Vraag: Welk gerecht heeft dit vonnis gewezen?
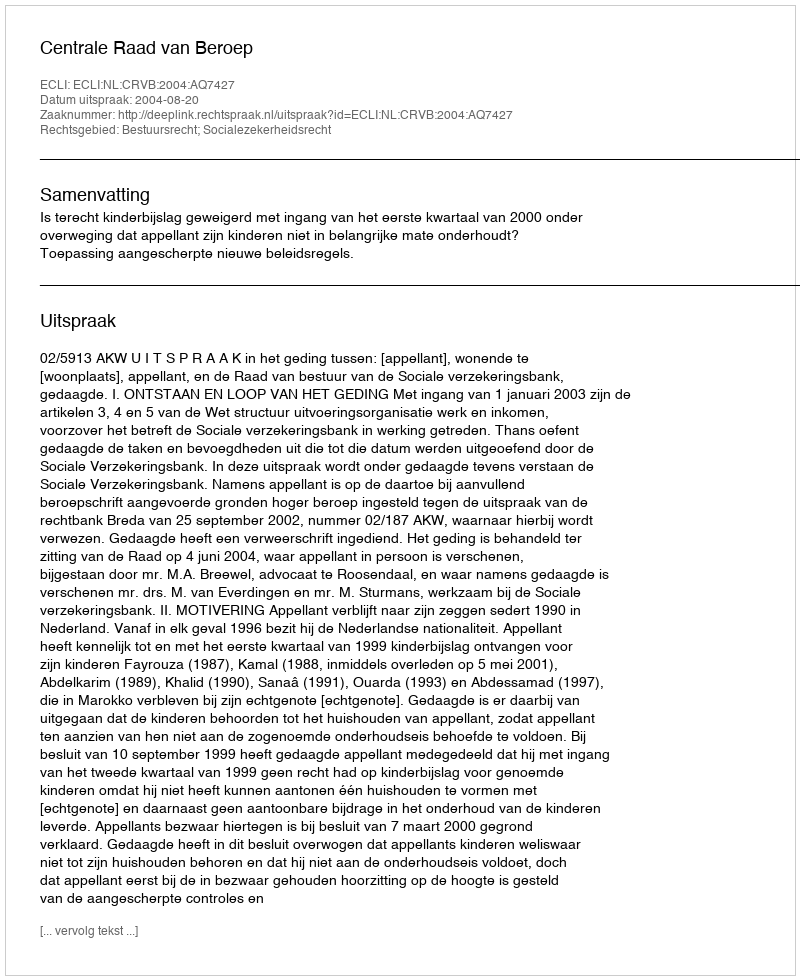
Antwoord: Centrale Raad van Beroep